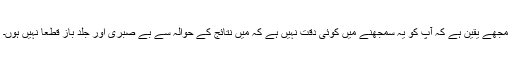
مجھے یقین ہے کہ آپ کو یہ سمجھنے میں کوئی دقت نہیں ہے کہ میں نتائج کے حوالہ سے بے صبری اور جلد باز قطعاً نہیں ہوں۔